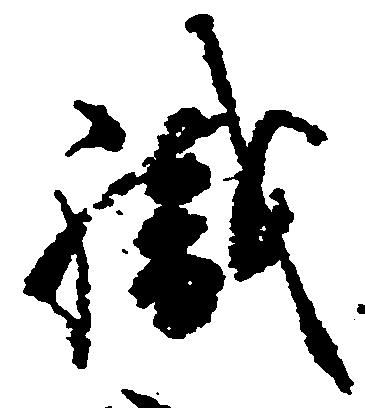
職